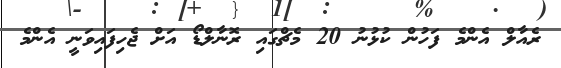
ރެއާލް އެންމެ ފަހުން ކުޅުނު 20 މެޗްގައި ރޮނާލްޑޯ އަށް ޖެހިފައިވަނީ އެންމެ